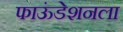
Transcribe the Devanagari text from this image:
फाऊंडेशनला